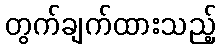
တွက်ချက်ထားသည့်